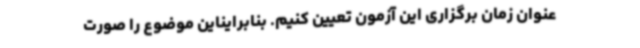
عنوان زمان برگزاری این آزمون تعیین کنیم. بنابرایناین موضوع را صورت